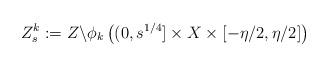
LaTeX: \begin{align*} Z_{s}^k:= Z\backslash \phi_k\left( (0,s^{1/4}]\times X\times [-\eta/2,\eta/2] \right) \end{align*}